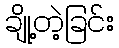
ချို့တဲ့ခြင်း